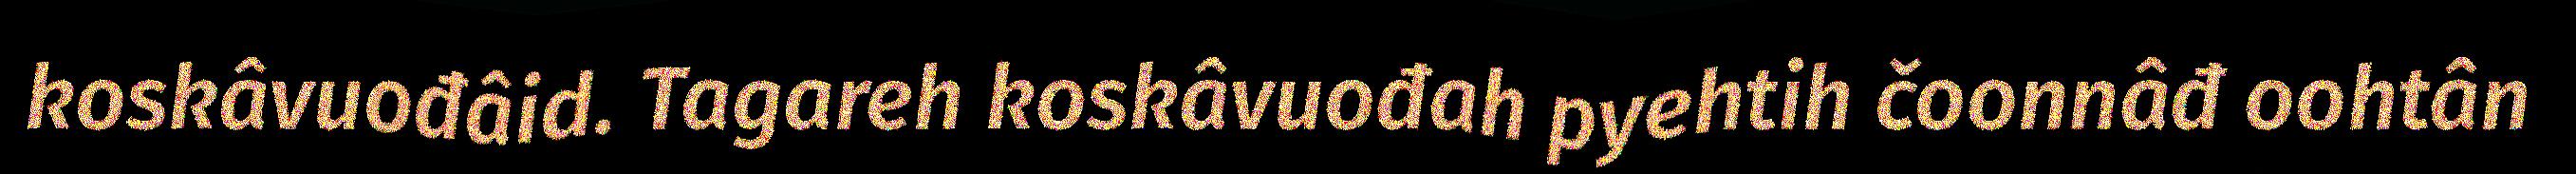
koskâvuođâid. Tagareh koskâvuođah pyehtih čoonnâđ oohtân